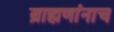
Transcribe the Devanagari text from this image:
ब्राह्मणांनाच